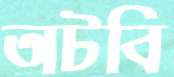
অটবি